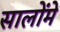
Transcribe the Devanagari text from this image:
सालोंमे